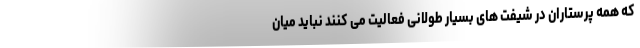
که همه پرستاران در شیفت های بسیار طولانی فعالیت می کنند نباید میان